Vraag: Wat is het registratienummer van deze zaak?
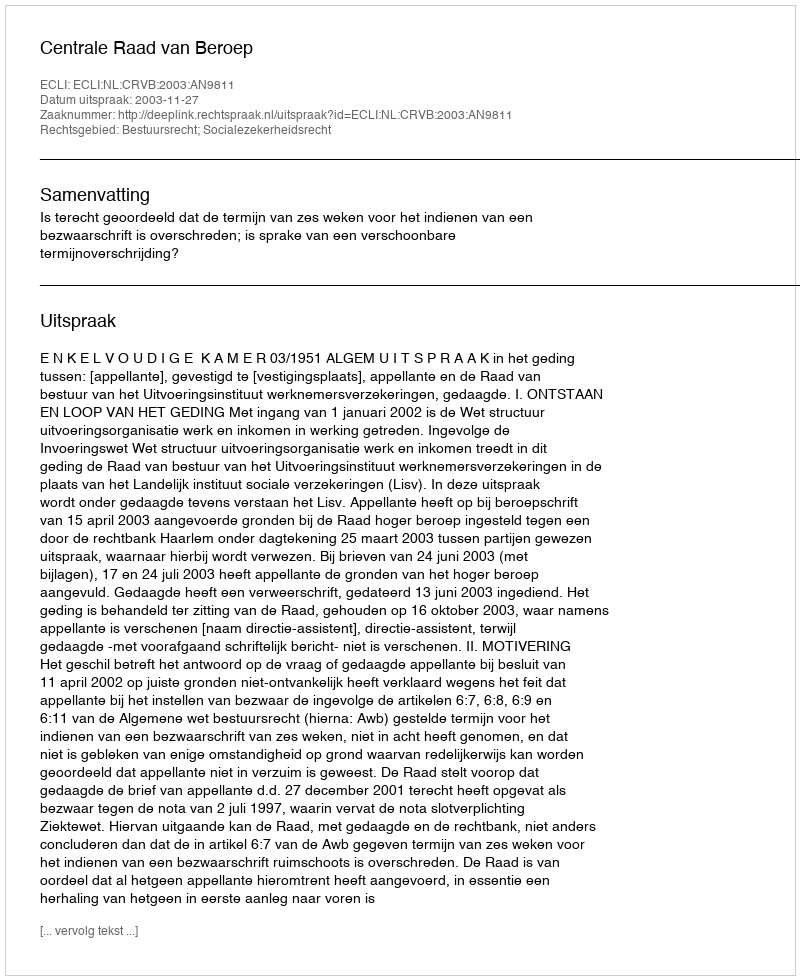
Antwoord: http://deeplink.rechtspraak.nl/uitspraak?id=ECLI:NL:CRVB:2003:AN9811